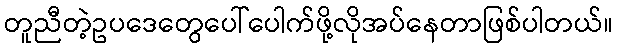
တူညီတဲ့ဥပဒေတွေပေါ်ပေါက်ဖို့လိုအပ်နေတာဖြစ်ပါတယ်။